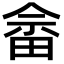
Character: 畲